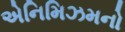
એનિમિઝમનો